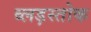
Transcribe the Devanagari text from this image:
ब्लड़स्तोक